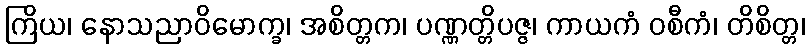
ကြိယ၊ နောသညာဝိမောက္ခ၊ အစိတ္တက၊ ပဏ္ဏတ္တိပဇ္ဇ၊ ကာယကံ ဝစီကံ၊ တိစိတ္တ၊